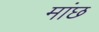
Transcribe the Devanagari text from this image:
मांछ